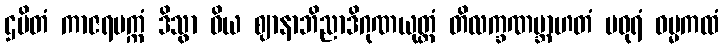
ဌပိတံ ကာဇရပက္ကံ ဒိသွာ ဝိယ ဈာနာဘိညာဒိဂုဏယုတ္တံ တိလက္ခဏဗ္ဘာဟတံ မဓုရံ ဓမ္မကထံ